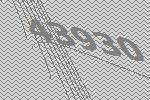
43930